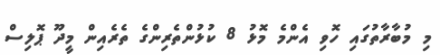
މި މުބާރާތުގައި ހޮވި އެންމެ މޮޅު 8 ކުޅުންތެރިންގެ ތެރެއިން މީދޫ ޕޮލިސް